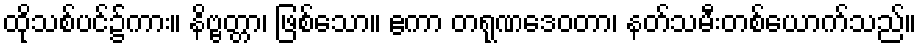
ထိုသစ်ပင်၌ကား။ နိဗ္ဗတ္တာ၊ ဖြစ်သော။ ဧကာ တရုဏဒေဝတာ၊ နတ်သမီးတစ်ယောက်သည်။